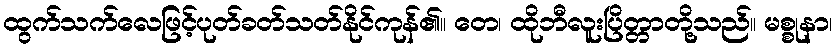
ထွက်သက်လေဖြင့်ပုတ်ခတ်သတ်နိုင်ကုန်၏။ တေ၊ ထိုဘီလူးပြိတ္တာတို့သည်။ မစ္စုနာ၊